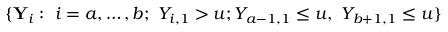
\{ \mathbf { Y } _ { i } : \ i = a , \dots , b ; \ Y _ { i , 1 } > u ; Y _ { a - 1 , 1 } \leq u , \ Y _ { b + 1 , 1 } \leq u \}